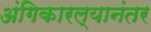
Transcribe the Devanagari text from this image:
अंगिकारल्यानंतर